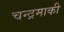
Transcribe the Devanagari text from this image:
चन्द्रमाकी